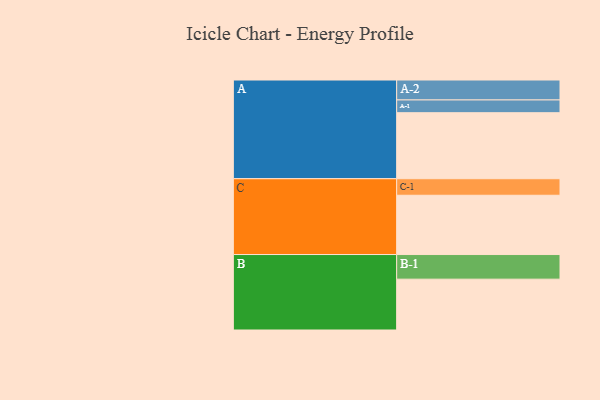
{"axis": {"x": "Segment", "y": "Value"}, "legend": ["", "A", "B", "C"], "data": [{"x": "A", "y": 579, "type": ""}, {"x": "B", "y": 446, "type": ""}, {"x": "C", "y": 520, "type": ""}, {"x": "A-1", "y": 112, "type": "A"}, {"x": "A-2", "y": 175, "type": "A"}, {"x": "B-1", "y": 216, "type": "B"}, {"x": "C-1", "y": 145, "type": "C"}]}